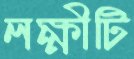
লক্ষীটি